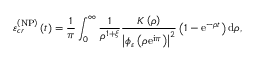
\varepsilon _ { c r } ^ { \left( \mathrm { N P } \right) } \left( t \right) = \frac { 1 } { \pi } \int _ { 0 } ^ { \infty } \frac { 1 } { \rho ^ { 1 + \xi } } \frac { K \left( \rho \right) } { \left\vert \phi _ { \varepsilon } \left( \rho \mathrm { e } ^ { \mathrm { i } \pi } \right) \right\vert ^ { 2 } } \left( 1 - \mathrm { e } ^ { - \rho t } \right) \mathrm { d } \rho ,